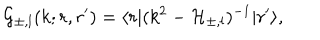
{ \cal G } _ { \pm , l } ( k ; r , r ^ { \prime } ) = \langle r | ( k ^ { 2 } - { \cal H } _ { \pm , l } ) ^ { - 1 } | r ^ { \prime } \rangle ,